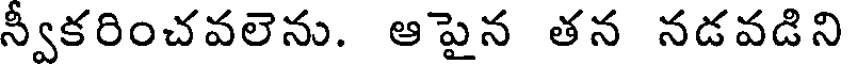
న్వీకరించవలెను. ఆపైన తన నడవడిని